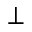
\perp